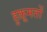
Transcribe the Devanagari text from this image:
हुक़ूमतों